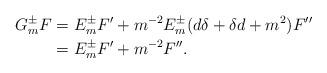
LaTeX: \begin{align*} G_m^\pm F &=E_m^\pm F' + m^{-2}E_m^\pm (d\delta+\delta d+m^2)F''\\ &=E_m^\pm F' + m^{-2}F''. \end{align*}